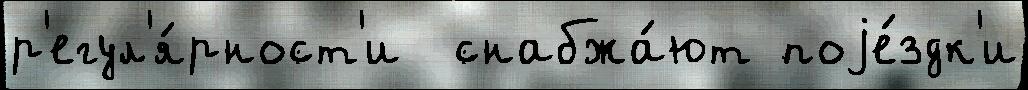
р'егул'я́рност'и  снабжа́ют поjе́здк'и